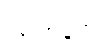
လုံးအနက်